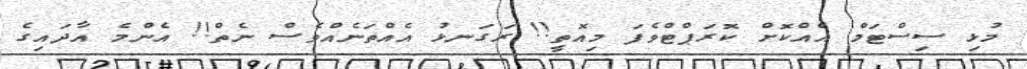
މުޅި ސިސްޓަމް އެއްކޮށް ކޮރަޕްޓްވެފަ މިއޮތީ!! ރަގަނޅު އެއްތަނެއްވެސް ނެތް!! އެންމެ އާދައިގެ